Lock hospitals Punjab
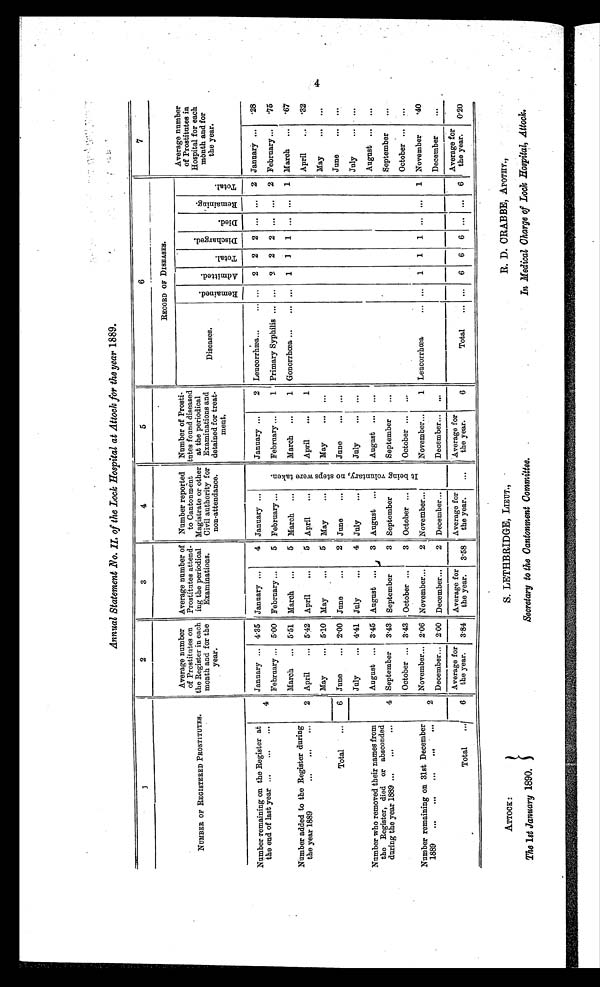
Annual Statement No. II. of the Lock Hospital at Attack for the year 1889.
1
2
3
4
5
6
7
NUMBER OF REGISTERED PROSTITUTES.
Average number
of Prostitutes on
the Register in each
month and for the
year.
Average number of
Prostitutes attend
ing the periodical
Examinations.
Number reported
to Cantonment
Magistrate or other
Civil authority for
n-
noattendance.
Number of Prosti-
totes found diseased
at the periodical
Examinations and
detained for treat-
meat.
RECORD OF DISEASES.
Average number
of Prostitutes in
Hospital for each
month and for
.
the year.
.
Di seases.
R e m a i n e d .
A d m i t t e d .
T o t a l .
D i s c h a r g e d
D i e d .
R e m a i n i n g .
T o t a l .
Number remaining on the Register at
the end of last year ...
...
...
4
January ... 4.35 ' January ...
4 January ...
I t b e i n g v o l u n t a r y , n o s t e p s w e r e t a k e n .
January ...
2 Leucorrhœa...
. . . . . . 2 2 2
. . .
. . .
2 January ...
. 2 8
February ... 5.00 February ...
5 February ...
February ...
1 Primary Syphilis .....
2
2
2
. . .
. . .
2 February ...
75
Number added to the Register during
the year 1889
March ... 5'51 March ...
5 March ...
March ...
1 Gonorrhœa ...
... ...
1
1
1
. . .
. . .
1 March ...
. 6 7
2 April
...
5.42 April
...
5 April
. . .
April
...
1
April
...
. 3 2
Total
...
May
... 5.10 May
...
5 May
. . .
May
. . .
. . .
May
...
. . .
6 June
... 2.00 June
...
2 June
. . .
June
. . .
. . .
June
...
. . .
July
... 4.41 July
...
4 July
. . .
July
. . .
. . .
July
...
Number who removed their names from
the Register, died or absconded
during the year 1889
August ... 3.45 August ...
3 August ...
August
. . .
. . .
August ...
...
4 September
3.43 September
3 September
September
. . .
September
. . .
Number remaining on 31st December
1889
...
...
...
...
...
October ... 3.43 October ...
3 October ...
October
. . .
. . .
October ...
...
2
November... 2.06 November...
2 November...
November...
1 Leucorrhœa
. . .
. . . 1
1
1
. . .
. . .
1 November
. 4 0
December... 2.00 December...
2 December...
December...
December
...
Total
...
6
Average for
the year.
3.84
Average for
the year.
3 .58
Average for
the year.
...
Average for
the year.
6
Total
. . . ...
6
6
6
Average for
the year.
0.20
ATTOCK :
S. LETHBRIDGE, LIEUT. ,
R. D. CRABBE, APOTHY.,
The 1st January 1890.
Secretary to the Cantonment Committee. .
In Medical Charge of Lock Hospital, Attack.